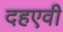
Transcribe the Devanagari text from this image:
दहएवी